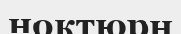
ноктюрн